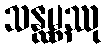
သန္ထမ္ဘဿု